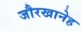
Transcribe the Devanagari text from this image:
जौरखानेह